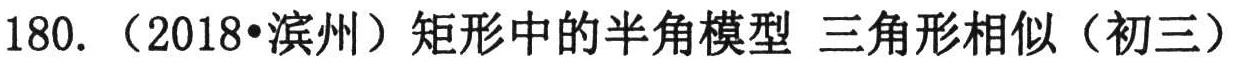
180. （2018•滨州）矩形中的半角模型 三角形相似（初三）